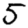
Digit: 5